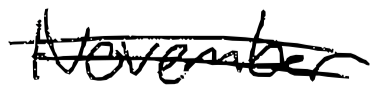
Text: November
Cross-out: double-line
Writing tool: digital_black